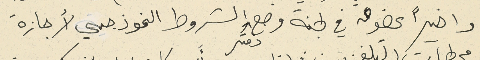
واخيراً عضوٌ في لجنة وضع دفتر الشروط النموذجي لأجازة